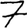
Digit: 7